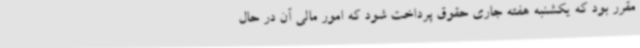
مقرر بود که یکشنبه هفته جاری حقوق پرداخت شود که امور مالی آن در حال